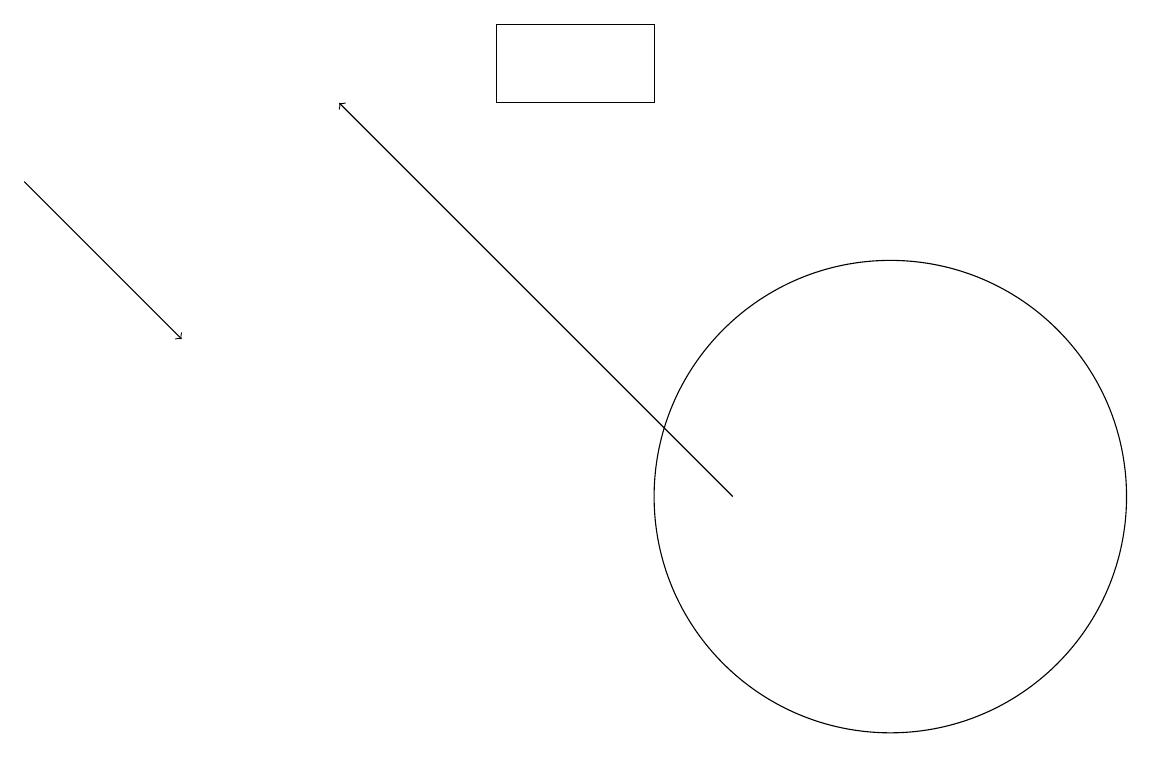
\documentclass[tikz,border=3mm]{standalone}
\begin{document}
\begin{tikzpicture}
\draw (11,10) circle (3);
\draw[->] (9,10) -- (4,15);
\draw (6,15) rectangle (8,16);
\draw[->] (0,14) -- (2,12);
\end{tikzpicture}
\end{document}